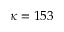
\kappa = 1 5 3